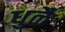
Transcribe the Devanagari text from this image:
धुळै